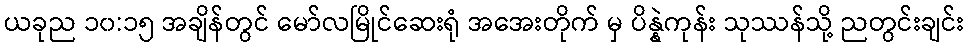
ယခုည ၁၀:၁၅ အချိန်တွင် မော်လမြိုင်ဆေးရုံ အအေးတိုက် မှ ပိန္နဲကုန်း သုဿန်သို့ ညတွင်းချင်း